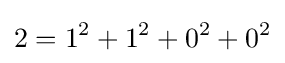
2=1^{2}+1^{2}+0^{2}+0^{2}